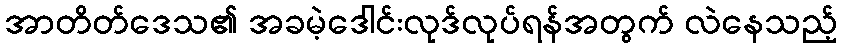
အာတိတ်ဒေသ၏ အခမဲ့ဒေါင်းလုဒ်လုပ်ရန်အတွက် လဲနေသည့်